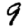
Digit: 9